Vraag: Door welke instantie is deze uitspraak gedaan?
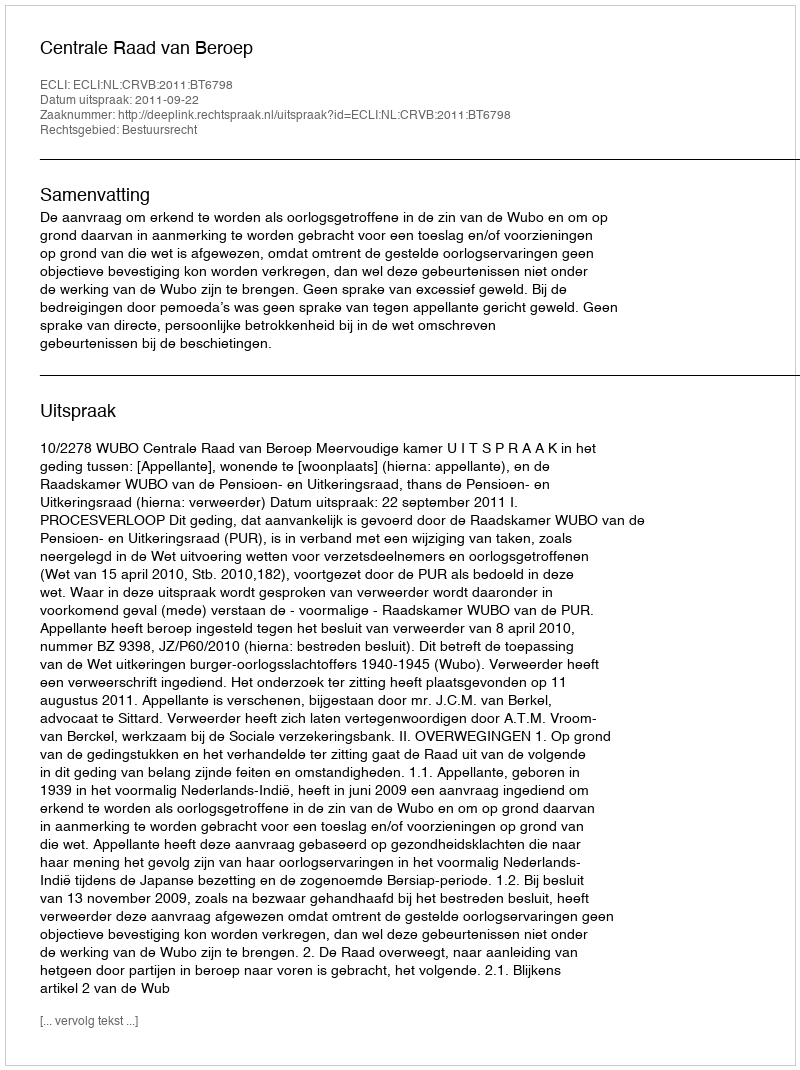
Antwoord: Centrale Raad van Beroep